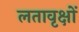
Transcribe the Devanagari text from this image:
लतावृक्षों